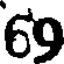
69